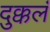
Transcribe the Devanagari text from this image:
दुक्कलं